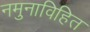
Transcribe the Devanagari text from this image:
नमुनाविहित